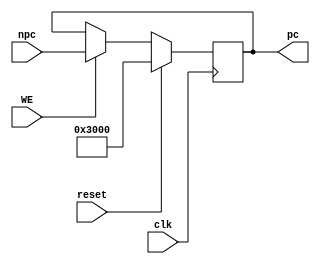
`timescale 1ns / 1ps
//////////////////////////////////////////////////////////////////////////////////
// Company: 
// Engineer: 
// 
// Design Name: 
// Module Name:    PC 
// Project Name: 
// Target Devices: 
// Tool versions: 
// Description: 
//
// Dependencies: 
//
// Revision: 
// Revision 0.01 - File Created
// Additional Comments: 
//
//////////////////////////////////////////////////////////////////////////////////
module PC(
    output reg [31:0] pc,
    input [31:0] npc,
    input clk,
    input reset,
	 input WE
	 );
	 always@(posedge clk)begin
	     if(reset)begin
		      pc <= 32'h0000_3000;
		  end
		  else if(WE)begin
		      pc <= npc;
		  end
	 end


endmodule